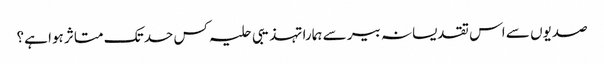
صدیوں سے اس تقدیسانہ بیر سے ہمارا تہذیبی حلیہ کس حد تک متاثر ہوا ہے؟